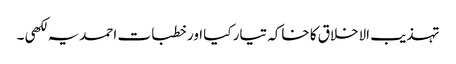
تہذیب الاخلاق کا خاکہ تیار کیا اور خطبات احمدیہ لکھی ۔